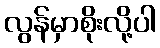
လွန်မှာစိုးလို့ပါ